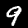
Label: 9